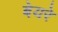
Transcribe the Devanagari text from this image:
बेयरे